Vaccination United Provinces of Agra and Oudh 1914-1922 - 1914-1922
Year: 1914
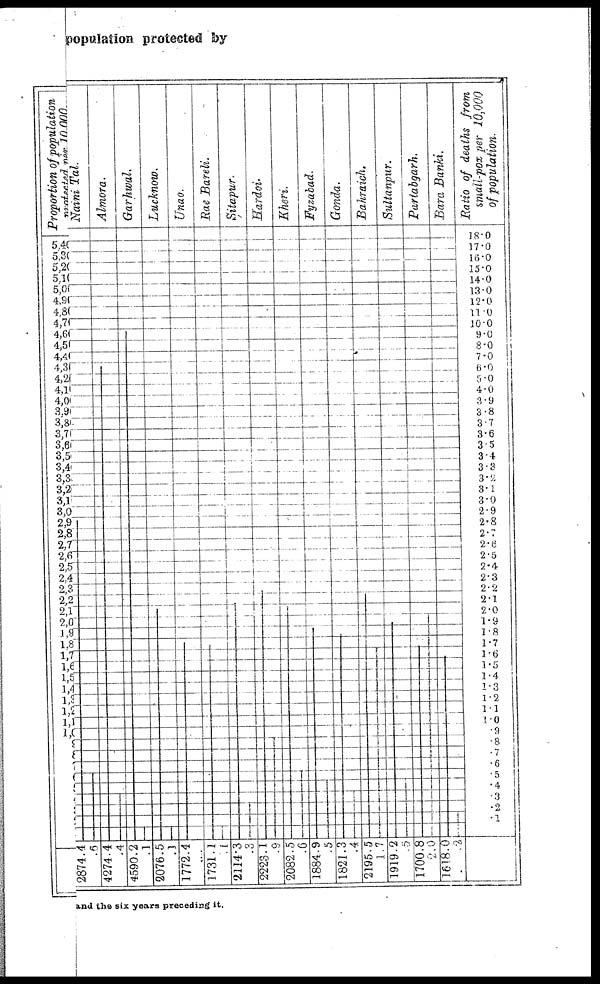
population protected by